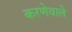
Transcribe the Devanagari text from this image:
करणेवाले